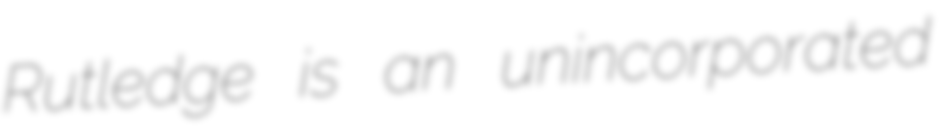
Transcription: Rutledge is an unincorporated